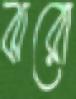
ঝরো